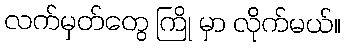
လက်မှတ်တွေ ကြို မှာ လိုက်မယ်။